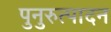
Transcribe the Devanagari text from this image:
पुनुरुत्पादन